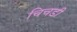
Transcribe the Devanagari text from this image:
चिचडी